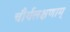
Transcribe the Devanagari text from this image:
चौर्यलक्षणाम्